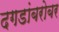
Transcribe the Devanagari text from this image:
दगडांबरोबर